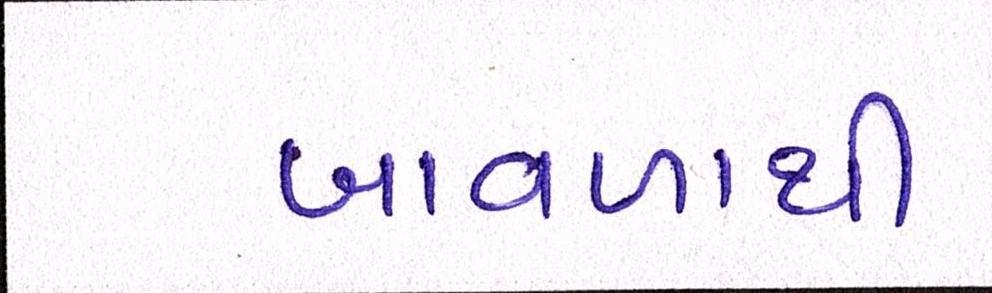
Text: બાવળાથી